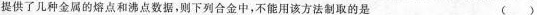
提供了几种金属的熔点和沸点数据，则下列合金中，不能用该方法制取的是（）